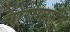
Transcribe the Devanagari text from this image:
चोरांपासून